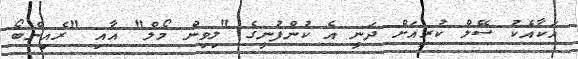
އަކާއެކު ސޭލް ކުރިއަށް ދަނީ އެ ކުންފުނީގެ "ލިވިން މޯލް" އާއި "ރެއިންބޯ